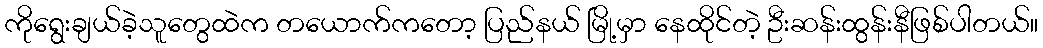
ကိုရွေးချယ်ခဲ့သူတွေထဲက တယောက်ကတော့ ပြည်နယ် မြို့မှာ နေထိုင်တဲ့ ဦးဆန်းထွန်းနီဖြစ်ပါတယ်။